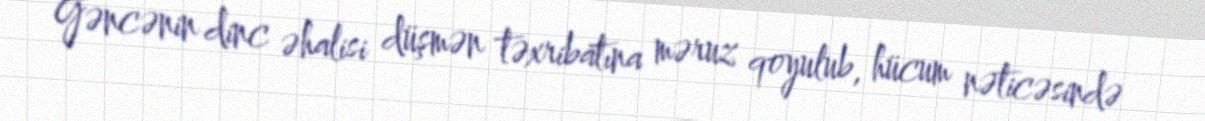
Gəncənin dinc əhalisi düşmən təxribatına məruz qoyulub, hücum nəticəsində